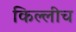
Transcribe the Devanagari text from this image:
किल्लीच